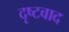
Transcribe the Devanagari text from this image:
दृष्टवाद